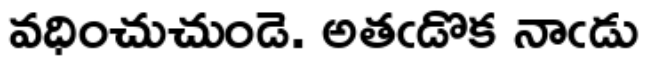
వధించుచుండె. అతఁడొక నాఁడు